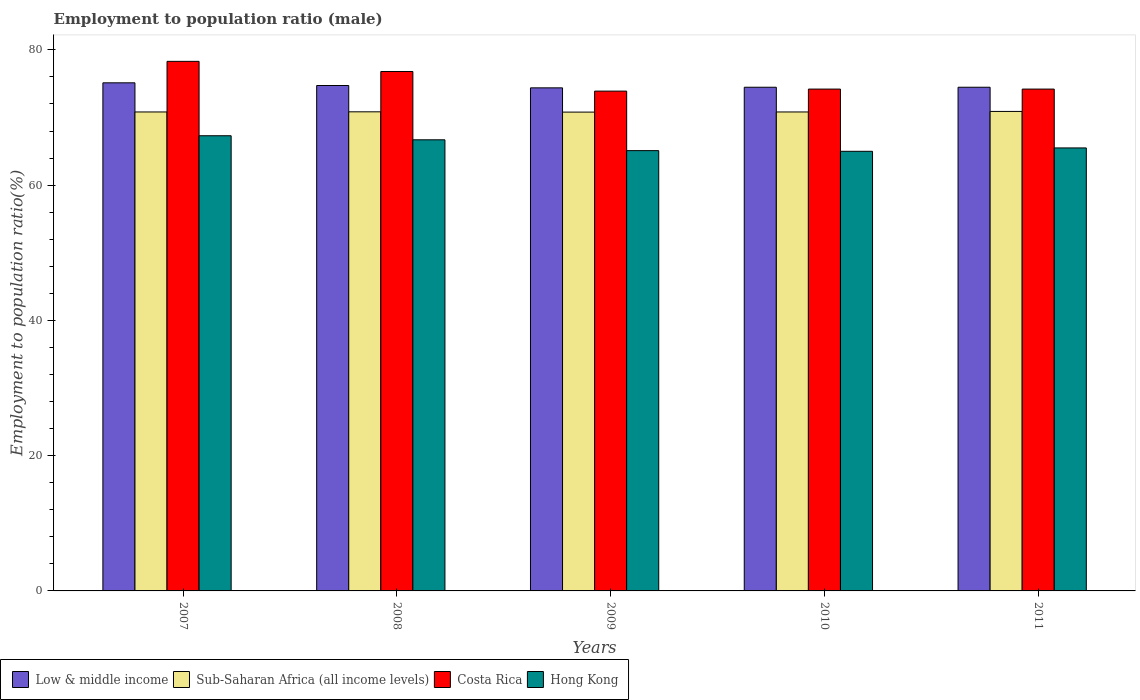
| Years | Low & middle income | Sub-Saharan Africa (all income levels) | Costa Rica | Hong Kong |
 | --- | --- | --- | --- | --- |
 | 2007 | 75.1 | 70.8 | 78.3 | 67.3 |
 | 2008 | 74.7 | 70.8 | 76.8 | 66.7 |
 | 2009 | 74.4 | 70.8 | 73.9 | 65.1 |
 | 2010 | 74.5 | 70.8 | 74.2 | 65 |
 | 2011 | 74.5 | 70.9 | 74.2 | 65.5 |